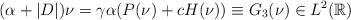
LaTeX: \begin{align*}(\alpha + |D|)\nu=\gamma \alpha (P(\nu)+c H(\nu))\equiv G_3(\nu)\in L^2(\mathbb R)\end{align*}